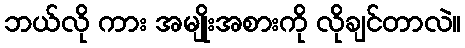
ဘယ်လို ကား အမျိုးအစားကို လိုချင်တာလဲ။